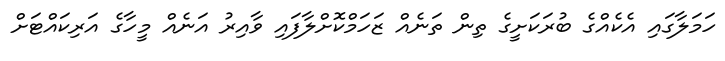
ހަމަލާގައި އެކެއްްގެ ބުރަކަށީގެ ތިން ތަނެއް ޒަހަމްކޮށްލާފައި ވާއިރު އަނެއް މީހާގެ އަރިކައްޓަށް